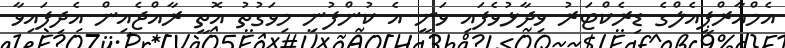
އެމްއާރްޕީއެލްގެ ޑިރެކްޓަރު ވިދާޅުވެފައި ވަނީ އެ ކުންފުނި މިވަގުތު އޮތީ ރާއްޖެއިން އެދިފައިވާ